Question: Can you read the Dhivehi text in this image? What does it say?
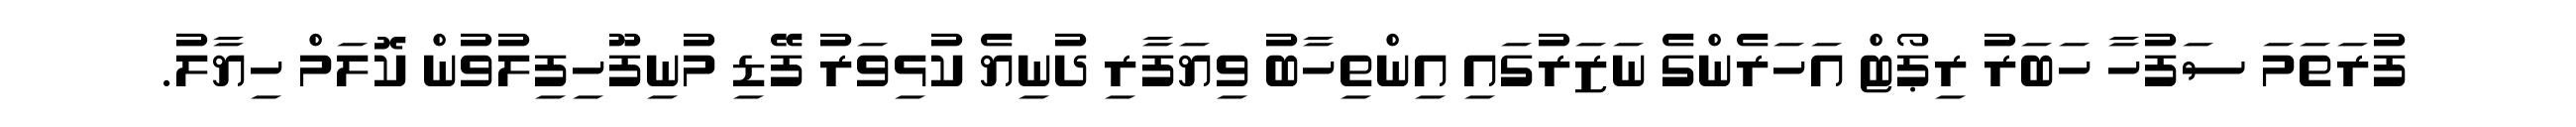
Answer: ފުރަތަމަ ސަފުހާ ހަބަރު ރިޕޯޓް އަހަރެންގެ ނަޒަރުގައި އިންތިހާބު ވިޔަފާރި ދުނިޔެ ކުޅިވަރު ފޭޑި މުނިފޫހިފިލުވުން ކޮލަމް ހިޔާލު.